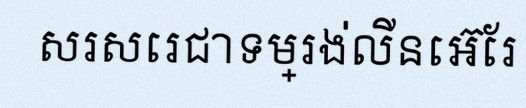
សរសេរជាទម្រង់លីនេអ៊ែរ